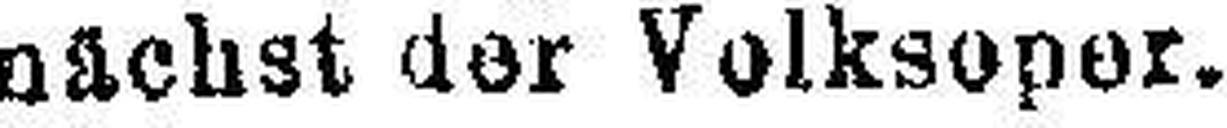
nächst der Volksoper.